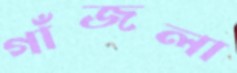
গাঁজলা